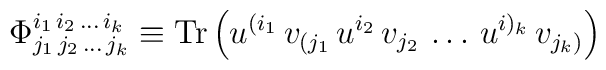
\Phi^{i_1\, i_2 \, \dots \, i_k}_{j_1 \, j_2 \, \dots \, j_k}  \equiv  \mbox{Tr} \left( u^{(i_1} \, v_{(j_1} \, u^{i_2} \, v_{j_2} \, \dots  \, u^{i)_k} \, v_{j_k)} \right)